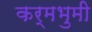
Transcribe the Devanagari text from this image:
कर्मभुमी